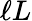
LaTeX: \ell L